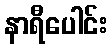
နာရီပေါင်း